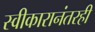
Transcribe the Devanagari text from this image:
स्वीकारानंतरही